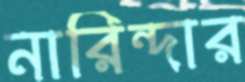
নারিন্দার